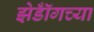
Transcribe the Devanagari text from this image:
झेडॉँगच्या